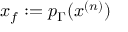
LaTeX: x _ { f } : = p _ { \Gamma } ( x ^ { ( n ) } )